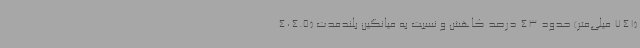
(741 میلی‌متر) حدود 43 درصد کاهش و نسبت به میانگین بلندمدت (404.5